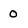
Character: 0